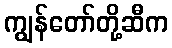
ကျွန်တော်တို့ဆီက